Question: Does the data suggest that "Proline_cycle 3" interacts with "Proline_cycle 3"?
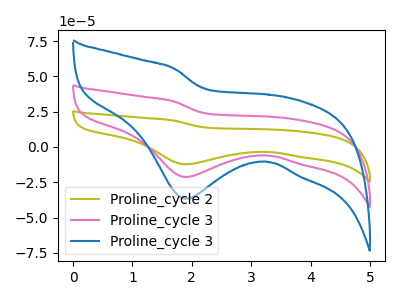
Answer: <think>The olive curve "Proline_cycle 2" has a cathodic peak at: (1.90V, -42.55uA). The pink curve "Proline_cycle 3" has a cathodic peak at: (1.90V, -21.25uA). The blue curve "Proline_cycle 3" has a cathodic peak at: (1.90V, -36.70uA).
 All the peaks in "Proline_cycle 3" have a peak in "Proline_cycle 3" at the same potential. Every peak in "Proline_cycle 3" is higher than every peak in "Proline_cycle 3".</think>
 <answer>No, "Proline_cycle 3" and "Proline_cycle 3" don't appear to be significantly different in shape</answer>
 <eval>no_change</eval>